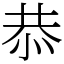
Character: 恭